Civil Veterinary Department Bihar & Orissa reports 1929-36 - 1929-1936
Year: 1929
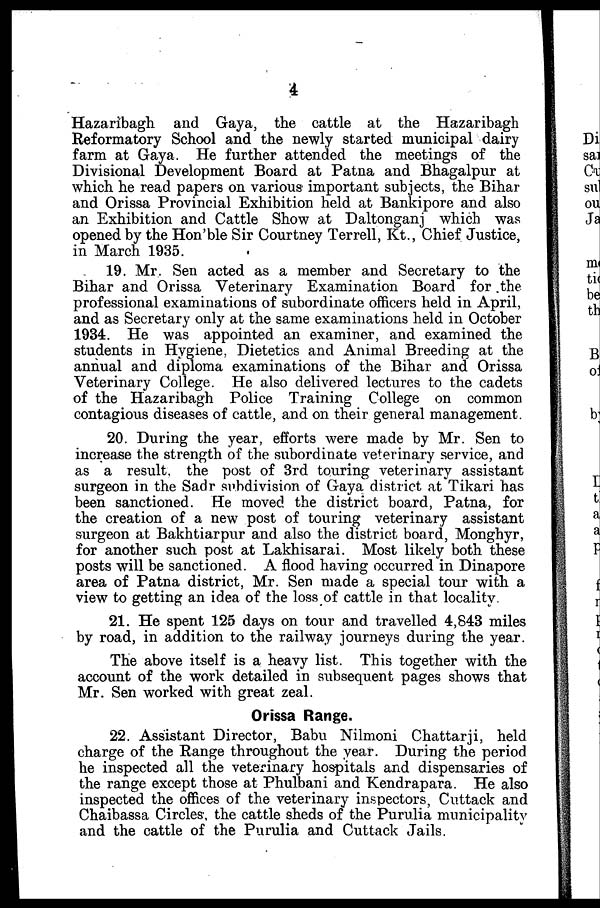
4
Hazaribagh and Gaya, the cattle at the Hazaribagh
Reformatory School and the newly started municipal dairy
farm at Gaya. He further attended the meetings of the
Divisional Development Board at Patna and Bhagalpur at
which he read papers on various important subjects, the Bihar
and Orissa Provincial Exhibition held at Bankipore and also
an Exhibition and Cattle Show at Daltonganj which was
opened by the Hon'ble Sir Courtney Terrell, Kt., Chief Justice,
in March 1935.
19. Mr. Sen acted as a member and Secretary to the
Bihar and Orissa Veterinary Examination Board for the
professional examinations of subordinate officers held in April,
and as Secretary only at the same examinations held in October
1934. He was appointed an examiner, and examined the
students in Hygiene, Dietetics and Animal Breeding at the
annual and diploma examinations of the Bihar and Orissa
Veterinary College. He also delivered lectures to the cadets
of the Hazaribagh Police Training College on common
contagious diseases of cattle, and on their general management.
20. During the year, efforts were made by Mr. Sen to
increase the strength of the subordinate veterinary service, and
as a result the post of 3rd touring veterinary assistant
surgeon in the Sadr subdivision of Gaya district at Tikari has
been sanctioned. He moved the district board, Patna, for
the creation of a new post of touring veterinary assistant
surgeon at Bakhtiarpur and also the district board, Monghyr,
for another such post at Lakhisarai. Most likely both these
posts will be sanctioned. A flood having occurred in Dinapore
area of Patna district, Mr. Sen made a special tour with a
view to getting an idea of the loss of cattle in that locality
21. He spent 125 days on tour and travelled 4,843 miles
by road, in addition to the railway journeys during the year.
The above itself is a heavy list. This together with the
account of the work detailed in subsequent pages shows that
Mr. Sen worked with great zeal.
Orissa Range.
22. Assistant Director, Babu Nilmoni Chattarji, held
charge of the Range throughout the year. During the period
he inspected all the veterinary hospitals and dispensaries of
the range except those at Phulbani and Kendrapara. He also
inspected the offices of the veterinary inspectors, Cuttack and
Chaibassa Circles, the cattle sheds of the Purulia municipality
and the cattle of the Purulia and Cuttack Jails.